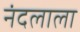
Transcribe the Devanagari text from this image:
नंदलाला